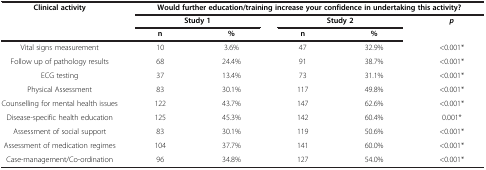
<table><thead><tr><td rowspan="3"><b>Clinical activity</b></td><td colspan="5"><b>Would further education/training increase your confidence in undertaking this activity?</b></td></tr><tr><td colspan="2"><b>Study 1</b></td><td colspan="2"><b>Study 2</b></td><td rowspan="2"><b><i>p</i></b></td></tr><tr><td><b>n</b></td><td><b>%</b></td><td><b>n</b></td><td><b>%</b></td></tr></thead><tbody><tr><td>Vital signs measurement</td><td>10</td><td>3.6%</td><td>47</td><td>32.9%</td><td>&lt;0.001*</td></tr><tr><td>Follow up of pathology results</td><td>68</td><td>24.4%</td><td>91</td><td>38.7%</td><td>&lt;0.001*</td></tr><tr><td>ECG testing</td><td>37</td><td>13.4%</td><td>73</td><td>31.1%</td><td>&lt;0.001*</td></tr><tr><td>Physical Assessment</td><td>83</td><td>30.1%</td><td>117</td><td>49.8%</td><td>&lt;0.001*</td></tr><tr><td>Counselling for mental health issues</td><td>122</td><td>43.7%</td><td>147</td><td>62.6%</td><td>&lt;0.001*</td></tr><tr><td>Disease-specific health education</td><td>125</td><td>45.3%</td><td>142</td><td>60.4%</td><td>0.001*</td></tr><tr><td>Assessment of social support</td><td>83</td><td>30.1%</td><td>119</td><td>50.6%</td><td>&lt;0.001*</td></tr><tr><td>Assessment of medication regimes</td><td>104</td><td>37.7%</td><td>141</td><td>60.0%</td><td>&lt;0.001*</td></tr><tr><td>Case-management/Co-ordination</td><td>96</td><td>34.8%</td><td>127</td><td>54.0%</td><td>&lt;0.001*</td></tr></tbody></table>